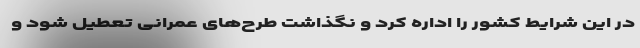
در این شرایط کشور را اداره کرد و نگذاشت طرح‌های عمرانی تعطیل شود و